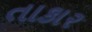
તાકાર